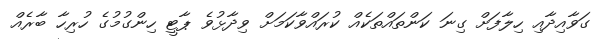
ގަވާއިދާއި ހިލާފަށް ގިނަ ކަންތައްތަކެއް ކުރައްވާކަމަށް ވިދާޅުވެ ޕާޓީ ހިންގުމުގެ ހުރިހާ ބާރެއް